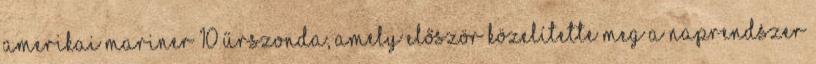
amerikai Mariner–10 űrszonda, amely először közelítette meg a Naprendszer